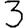
Digit: 3